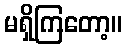
မရှိကြတော့။